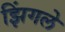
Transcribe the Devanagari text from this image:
झिंगले